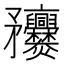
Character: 𥎥